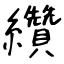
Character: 纘